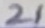
Text: 21